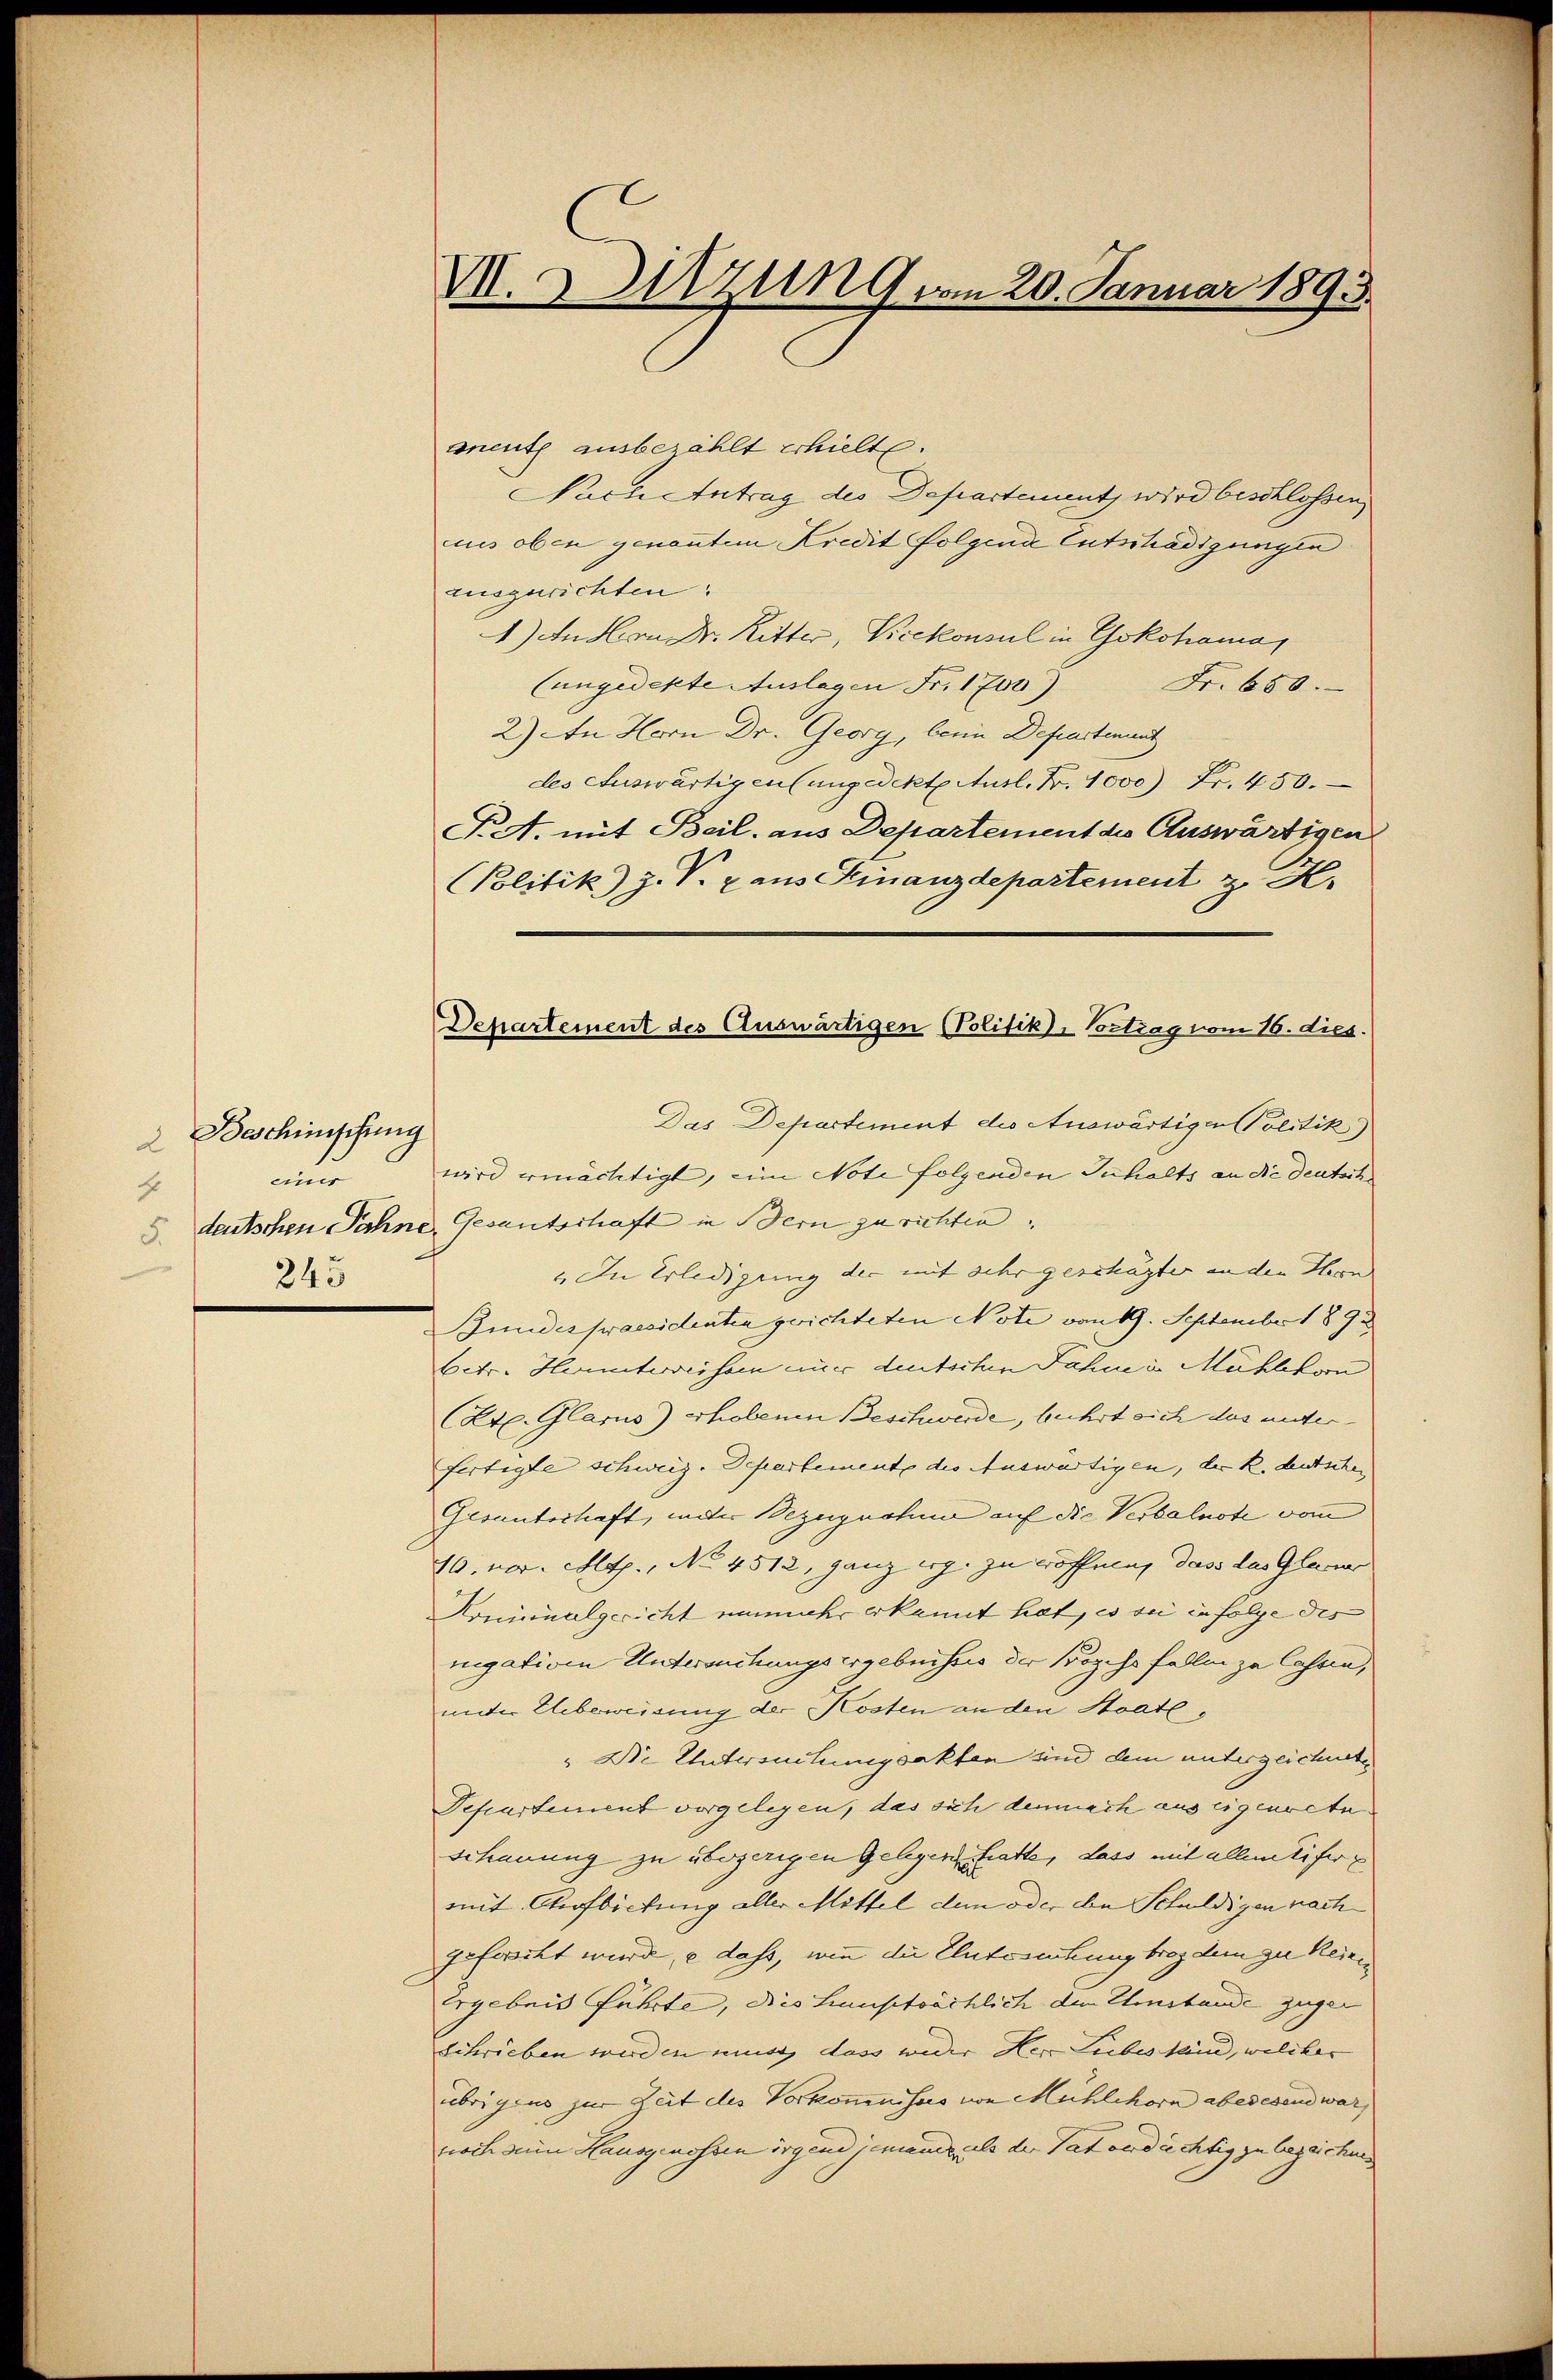
Beschinischung
2
nur
4
245

V.Utzung vom 20. Januar 1893.

anent ausbezahlt erhielte.
Nach Antrag des Departement wird beschlossen
uus oben genanntem Kredit folgend Entschädigungen
auszurichten.
4) An Hrn Dr. Ritter, Vicekonsul in Yokohama,
(ungedekte Auslagen Fr. 1700)
Fr. 650.
2) An Herrn Dr. Georg, beim Departement
des Auswärtigentungedekte Ausl. Fr. 1000 Fr. 450.
P.A. mit Beil. aus Departement die Auswärtigen
(Politik) J. V. Dans Finanzdepartement z. K.
Das Departement die Auswärtigen Politik
wird ermächtigt, eine Note folgenden Inhalts an die deutsch
5. deutschen Sahne, Gesantschaft in Bern zu richten.
4 In Erledigung der mit sehr geschägter an den Herrn
Bundespraesidenten gerichteten Note von 19. September 1891
betr. Hernntweisern nur deutschen Jahren Mühlehorn
(Erl. Glarus) erhobenen Beschwerde, beehrt sich das unterfertigte schweiz. Departemente des Auswärtigen, der R. deutschen
Gesantschaft, unter Bezugnahme auf die Verbalnote dann
10. vor. Mts., No 4512, ganz erg. zu wöffnung dass das Glaser
Kominalgericht nunmehr erkannt hat, es sie in folge des
nigation Untersuchungsergebnisses der Bozess fallen zu Cassen,
unter Ueberweisung der Kosten an den Staate
" Die Untersuchungsakten und dem unterzeichnete
Departement vorgelegen, das sich demnach aus eigenrete
schauung zu übergerigen Gelegen hatte, dass mit allem Eifer
mit Aufbietung aller Mittel dem oder den Schuldigen nach
geforscht wird, e dass, wie die Entsrechung broy dem zu keinen
Ergebnis führte, dies Hauptsächlich dem Sonstande zugen
schrieben werden muss, dass wider Herr Liebes sind, welcher
übrigens zur Zeit des Vorkommnisus von Mühlehorn aberesend war,
noch zu Hausgenossen irgend jemand, als der Tat andrechtig zu bezeichun

Departement des Auswärtigen (Politik. Vortrag vom 16. dies.